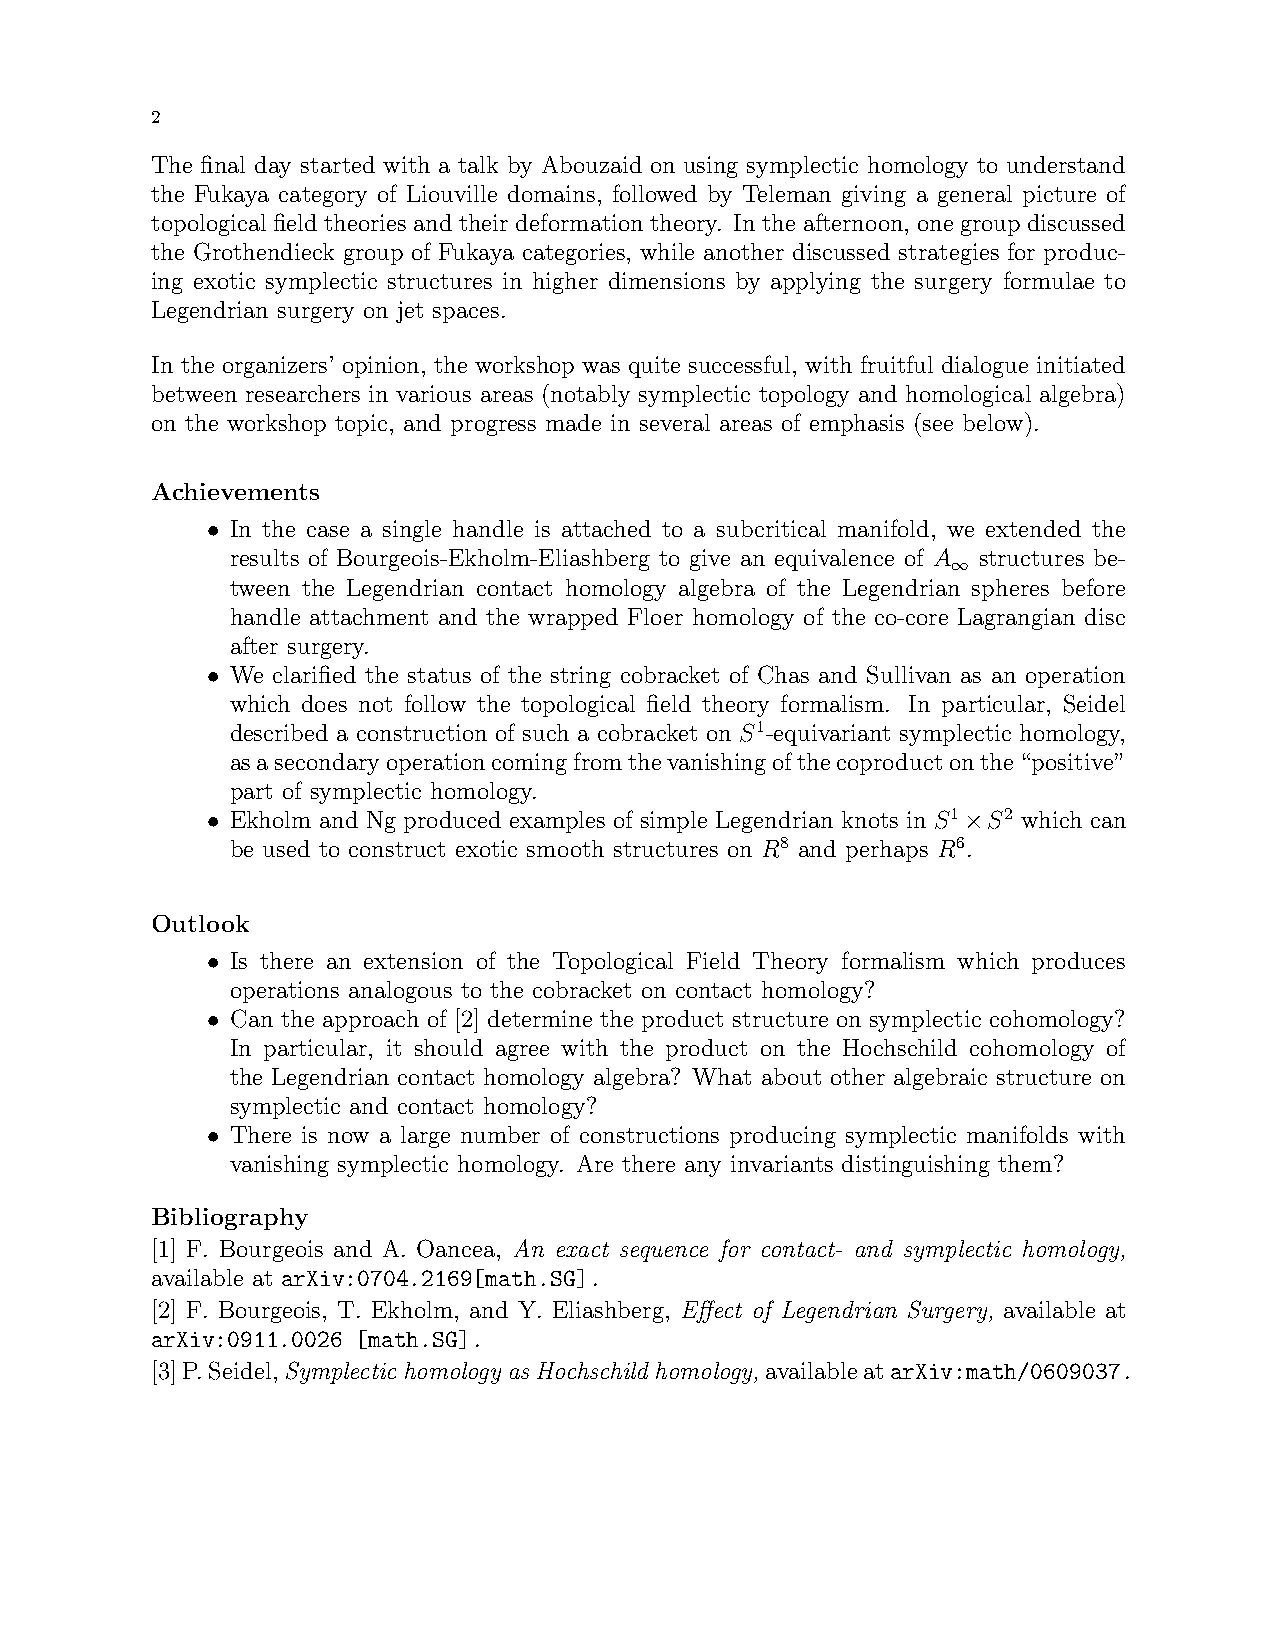
2
 The final day started with a talk by Abouzaid on using symplectic homology to understand
 the Fukaya category of Liouville domains, followed by Teleman giving a general picture of
 topological field theories and their deformation theory. In the afternoon, one group discussed
 the Grothendieck group of Fukaya categories, while another discussed strategies for produc-
 ing exotic symplectic structures in higher dimensions by applying the surgery formulae to
 Legendrian surgery on jet spaces.
 In the organizers’ opinion, the workshop was quite successful, with fruitful dialogue initiated
 between researchers in various areas (notably symplectic topology and homological algebra)
 on the workshop topic, and progress made in several areas of emphasis (see below).
 Achievements
 • In the case a single handle is attached to a subcritical manifold, we extended the
 results of Bourgeois-Ekholm-Eliashberg to give an equivalence of A structures be-
 ∞
 tween the Legendrian contact homology algebra of the Legendrian spheres before
 handle attachment and the wrapped Floer homology of the co-core Lagrangian disc
 after surgery.
 • We clarified the status of the string cobracket of Chas and Sullivan as an operation
 which does not follow the topological field theory formalism. In particular, Seidel
 described a construction of such a cobracket on S1-equivariant symplectic homology,
 asasecondaryoperationcomingfromthevanishingofthecoproductonthe“positive”
 part of symplectic homology.
 • Ekholm and Ng produced examples of simple Legendrian knots in S1×S2 which can
 be used to construct exotic smooth structures on R8 and perhaps R6.
 Outlook
 • Is there an extension of the Topological Field Theory formalism which produces
 operations analogous to the cobracket on contact homology?
 • Can the approach of [2] determine the product structure on symplectic cohomology?
 In particular, it should agree with the product on the Hochschild cohomology of
 the Legendrian contact homology algebra? What about other algebraic structure on
 symplectic and contact homology?
 • There is now a large number of constructions producing symplectic manifolds with
 vanishing symplectic homology. Are there any invariants distinguishing them?
 Bibliography
 [1] F. Bourgeois and A. Oancea, An exact sequence for contact- and symplectic homology,
 available at arXiv:0704.2169[math.SG].
 [2] F. Bourgeois, T. Ekholm, and Y. Eliashberg, Effect of Legendrian Surgery, available at
 arXiv:0911.0026 [math.SG].
 [3]P.Seidel,SymplectichomologyasHochschildhomology,availableatarXiv:math/0609037.